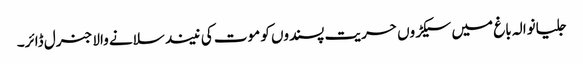
جلیانوالہ باغ میں سیکڑوں حریت پسندوں کو موت کی نیند سلانے والا جنرل ڈائر۔